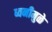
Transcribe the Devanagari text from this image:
ध्वनीमुळे